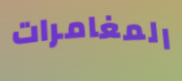
المغامرات